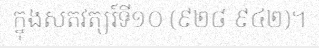
ក្នុងសតវត្សរ៍ទី១០ (៩២៨-៩៤២)។